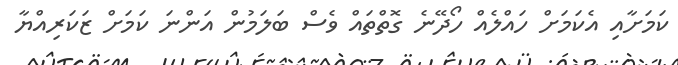
ކަމަށާއި އެކަމަށް ހައްލެއް ހޯދޭނެ ގޮތްތައް ވެސް ބަލަމުން އަންނަ ކަމަށް ޒަކަރިއްޔާ